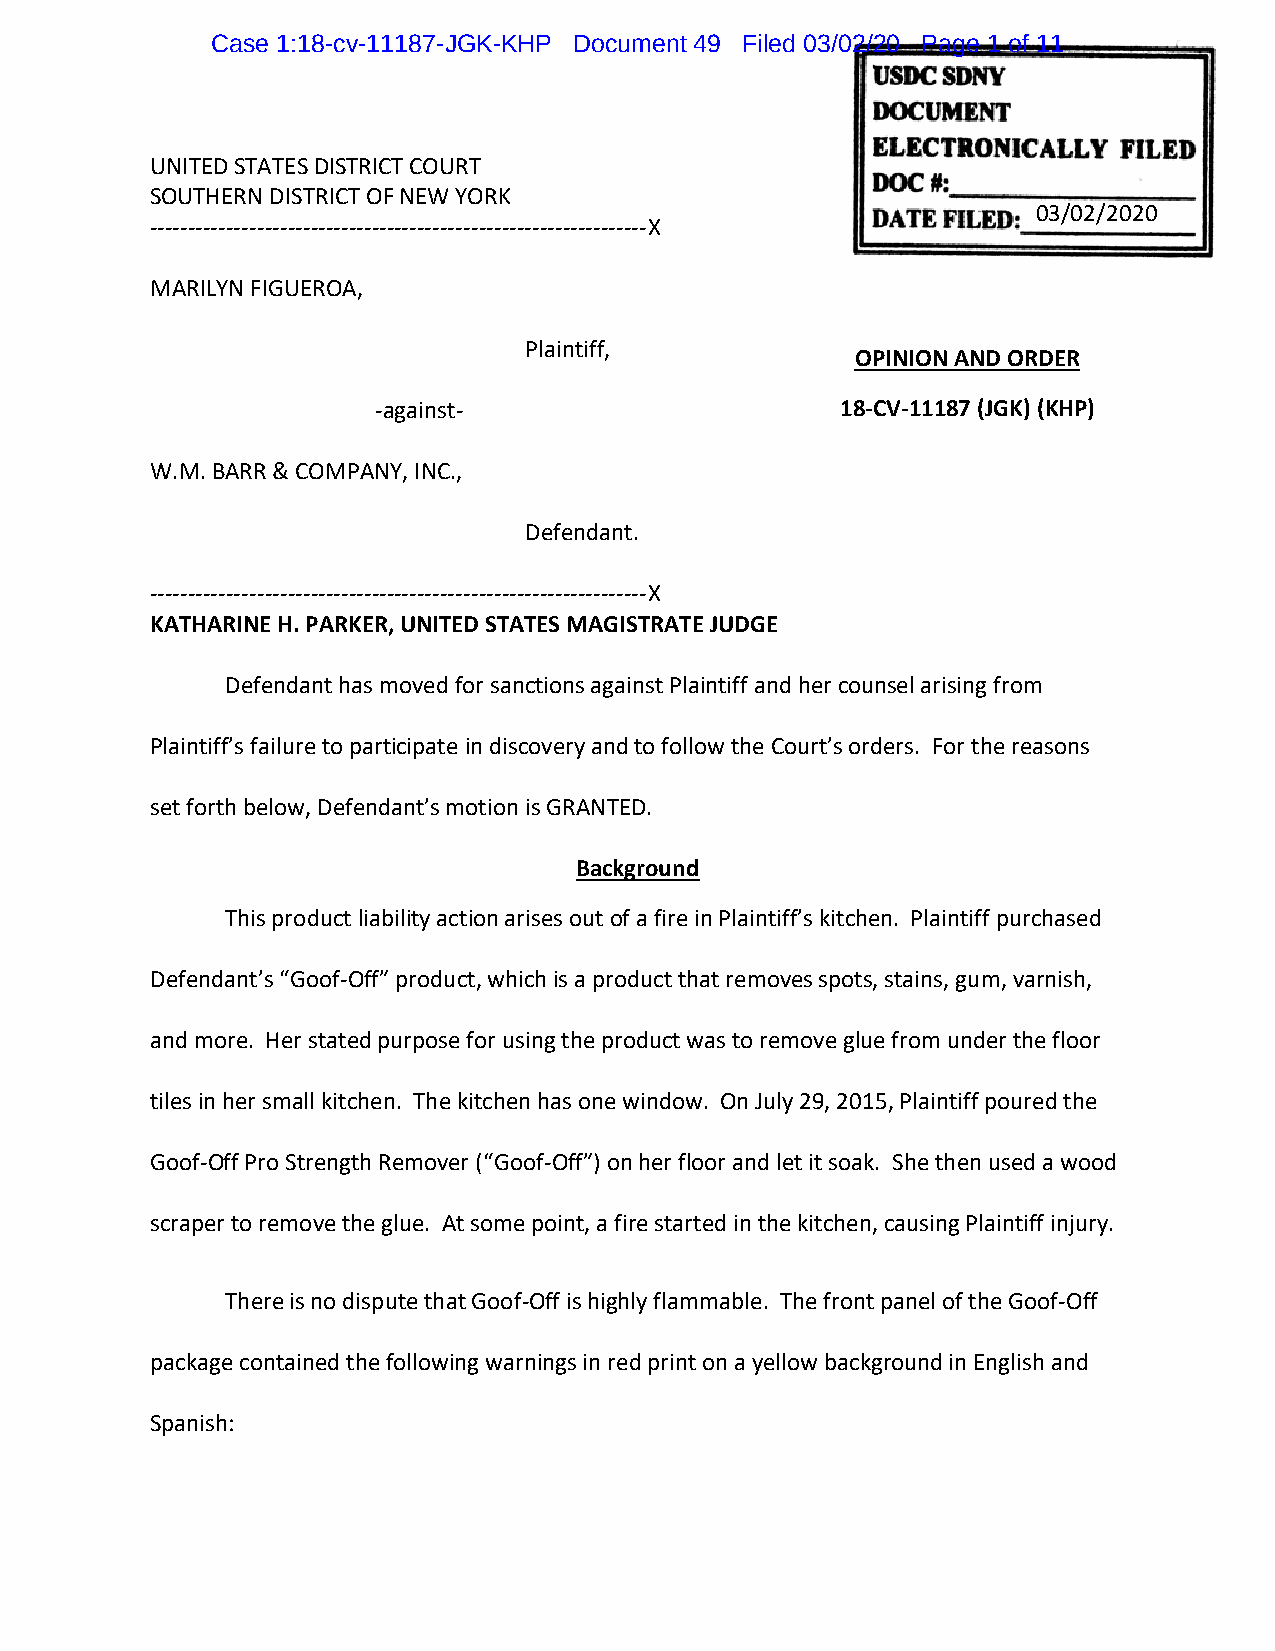
Case 1:18-cv-11187-JGK-KHP Document 49 Filed 03/02/20 Page 1 of 11
 UNITED STATES DISTRICT COURT
 SOUTHERN DISTRICT OF NEW YORK
 03/02/2020
 -----------------------------------------------------------------X
 MARILYN FIGUEROA,
 Plaintiff,
 OPINION AND ORDER
 -against-                      18-CV-11187 (JGK) (KHP)
 W.M. BARR & COMPANY, INC.,
 Defendant.
 -----------------------------------------------------------------X
 KATHARINE H. PARKER, UNITED STATES MAGISTRATE JUDGE
 Defendant has moved for sanctions against Plaintiff and her counsel arising from
 Plaintiff’s failure to participate in discovery and to follow the Court’s orders. For the reasons
 set forth below, Defendant’s motion is GRANTED.
 Background
 This product liability action arises out of a fire in Plaintiff’s kitchen. Plaintiff purchased
 Defendant’s “Goof-Off” product, which is a product that removes spots, stains, gum, varnish,
 and more. Her stated purpose for using the product was to remove glue from under the floor
 tiles in her small kitchen. The kitchen has one window. On July 29, 2015, Plaintiff poured the
 Goof-Off Pro Strength Remover (“Goof-Off”) on her floor and let it soak. She then used a wood
 scraper to remove the glue. At some point, a fire started in the kitchen, causing Plaintiff injury.
 There is no dispute that Goof-Off is highly flammable. The front panel of the Goof-Off
 package contained the following warnings in red print on a yellow background in English and
 Spanish: